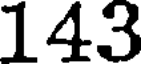
143